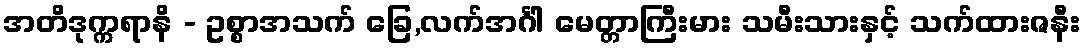
အတိဒုက္ကရာနိ - ဥစ္စာအသက် ခြေ,လက်အင်္ဂါ မေတ္တာကြီးမား သမီးသားနှင့် သက်ထားဇနီး